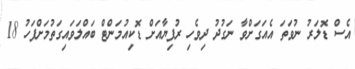
އެސް ޑޮލަރު ނުވަތަ އެއަގަށްވާ ނަގުދު ދިވެހި ރުފިޔާއަށް ޑޮކިއުމަންޓް ބައްލަވައިގަތުމަށްފަހު 18